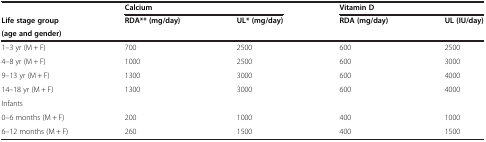
|  | <COLSPAN=2> Calcium | <COLSPAN=2> Vitamin D |
 | Life stage group | RDA** (mg/day) | UL* (mg/day) | RDA (mg/day) | UL (IU/day) |
 | (age and gender) |  |  |  |  |
 | --- | --- | --- | --- | --- |
 | 1–3 yr (M + F) | 700 | 2500 | 600 | 2500 |
 | 4–8 yr (M + F) | 1000 | 2500 | 600 | 3000 |
 | 9–13 yr (M + F) | 1300 | 3000 | 600 | 4000 |
 | 14–18 yr (M + F) | 1300 | 3000 | 600 | 4000 |
 | Infants |  |  |  |  |
 | 0–6 months (M + F) | 200 | 1000 | 400 | 1000 |
 | 6–12 months (M + F) | 260 | 1500 | 400 | 1500 |